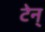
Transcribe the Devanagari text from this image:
टेन्